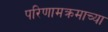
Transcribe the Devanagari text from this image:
परिणामक्रमाच्या